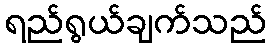
ရည်ရွယ်ချက်သည်